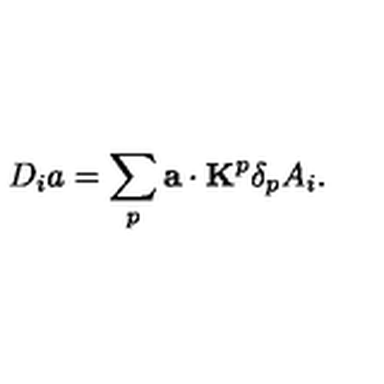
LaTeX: D _ { i } a = \sum _ { p } { \bf a } \cdot { \bf K } ^ { p } \delta _ { p } A _ { i } .